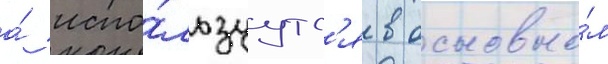
а́ испо́льзуутс'я в основно́м